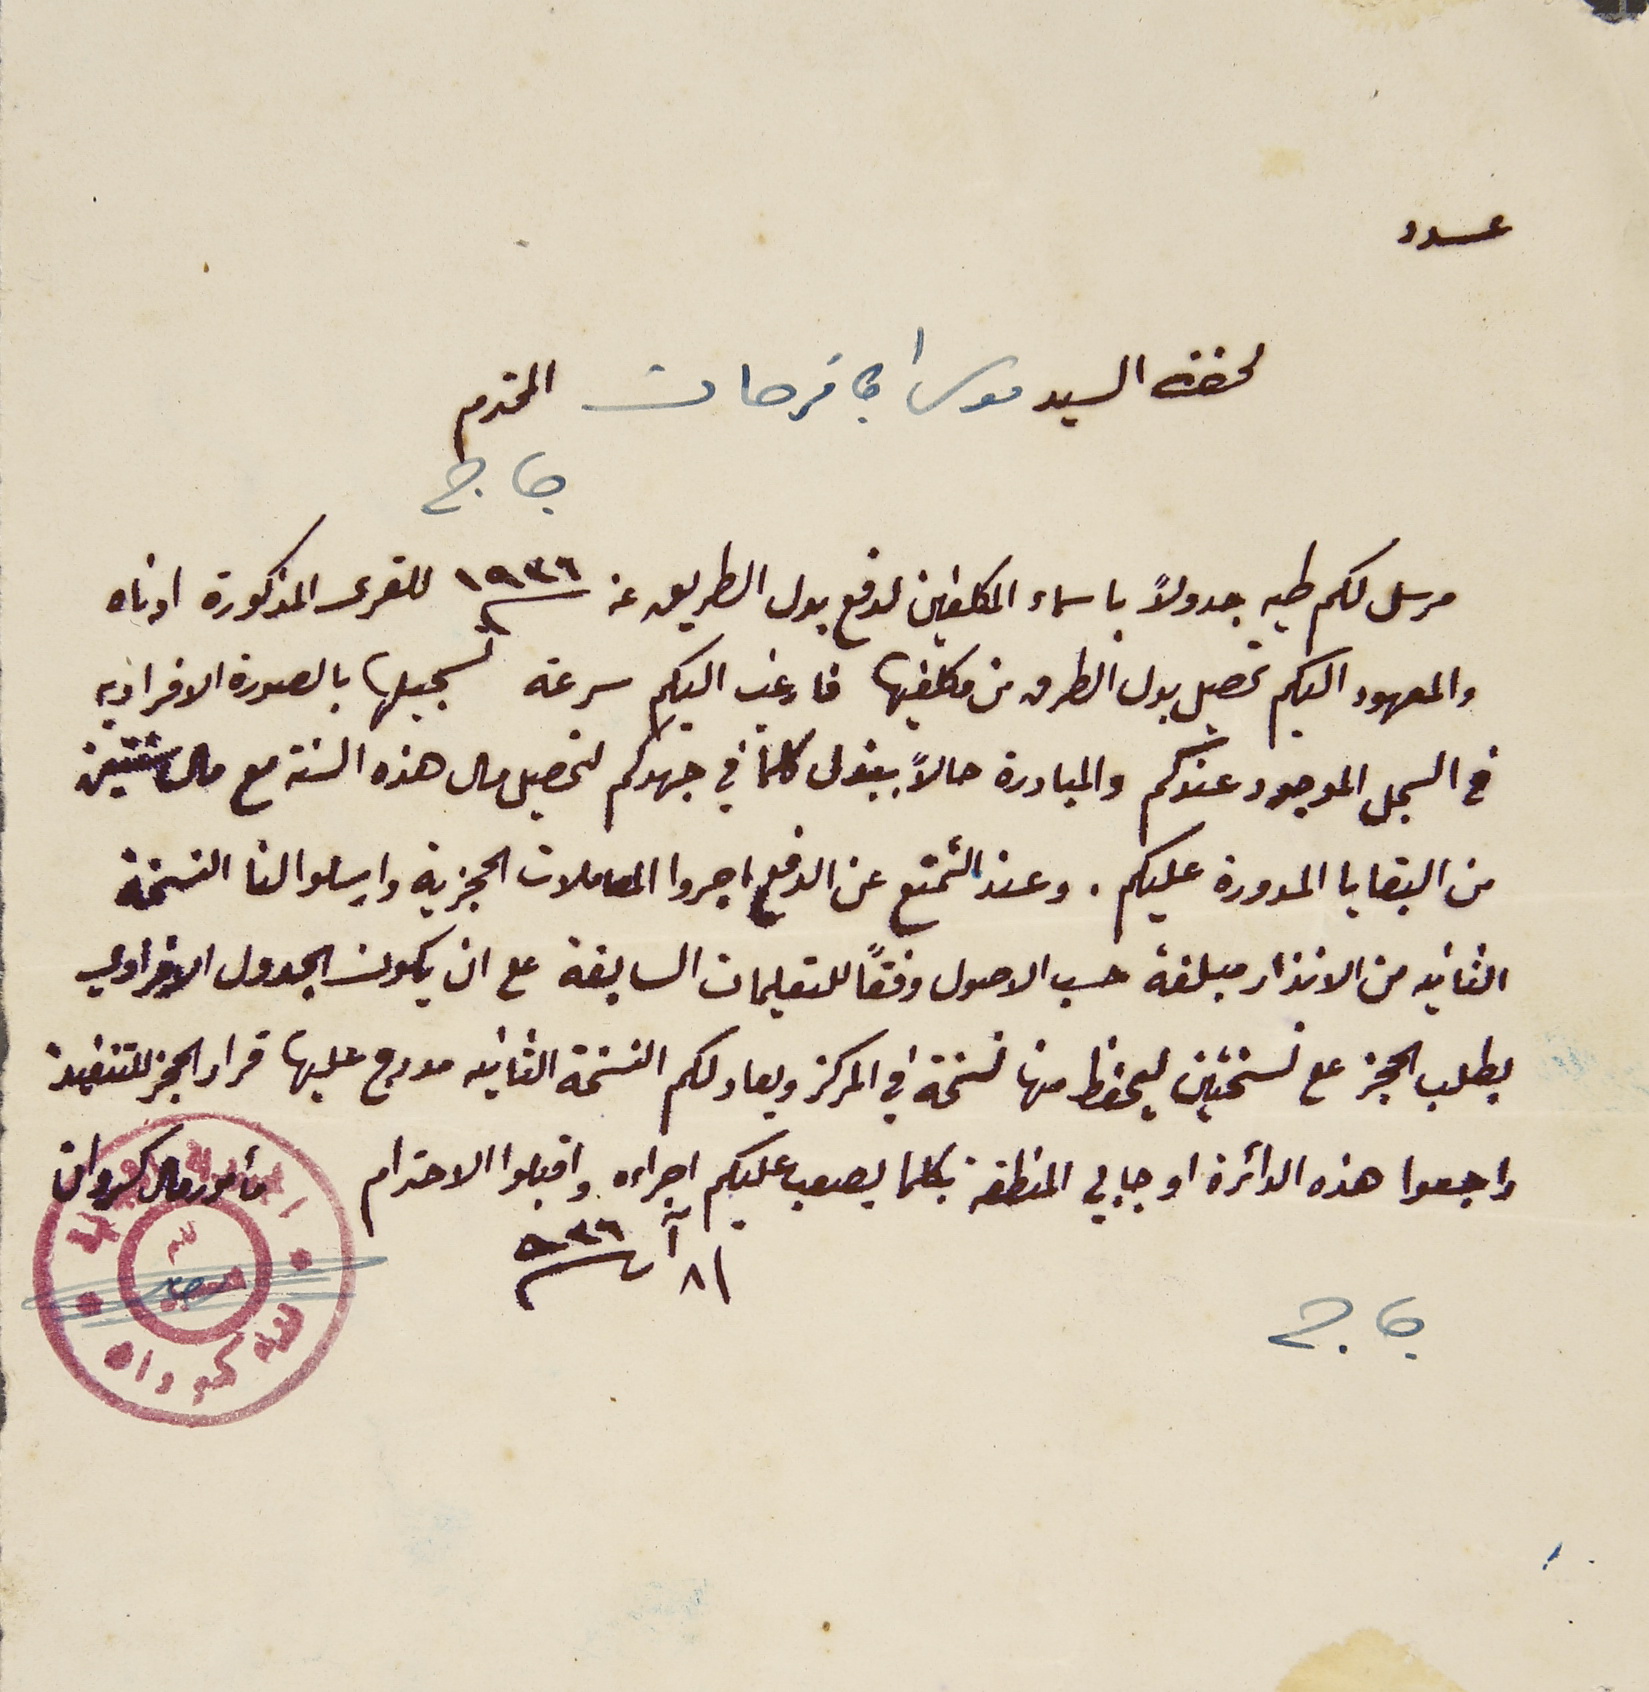
عدد
لحضرة السيد موسى ابى فرحات المحترم
جاج
مرسل لكم طيه جدولاً باسماء المكلفين لدفع بدل الطريق عن سنة ١٩٣٦ للقرى المذكورة ادناه
والمعهود اليكم تحصيل بدل الطرق من مكلفيها فارغب اليكم سرعة تسجيلها بالصورة الافراديه
فى السجل الموجود عندكم والمبادرة حالاً ببذل كلما في جهدكم لتحصيل مال هذه السنة مع مال سنتين
من البقايا المدورة عليكم. وعند التمنع عن الدفع اجروا المعاملات الحجزية وارسلوا لنا النسخة
الثانيه من الانذار مبلغة حسب الاصول وفقاً للتعليمات السابقة على ان يكون الجدول الافرادي
 بطلب الحجز على نسختين ليحفظ منها نسخة في المركز ويعاد لكم النسخة الثانية مدرج عليها قرار الحجز للتنفيذ
راجعوا هذه الدائرة او جابي المنطقة بكلما يصعب عليكم اجراءه واقبلوا الاحترام مأمور مال كسروان
جاج / ٨ آب ١٩٣٦
قضاء كسروان